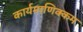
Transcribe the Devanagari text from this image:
कार्यमाणिक्कम